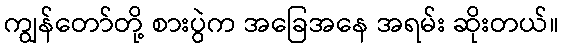
ကျွန်တော်တို့ စားပွဲက အခြေအနေ အရမ်း ဆိုးတယ်။